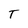
Character: T